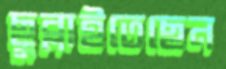
ছুব্‌লাইতেছেন